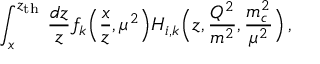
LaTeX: \int _ { x } ^ { z _ { \mathrm { t h } } } \, \frac { d z } { z } f _ { k } \Big ( \frac { x } { z } , \mu ^ { 2 } \Big ) H _ { i , k } \Big ( z , \frac { Q ^ { 2 } } { m ^ { 2 } } , \frac { m _ { c } ^ { 2 } } { \mu ^ { 2 } } \Big ) \, ,